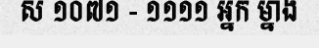
ស ១០៧១ - ១១១១ អ្នក ម្នាង